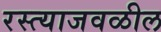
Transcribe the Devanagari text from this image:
रस्त्याजवळील